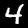
Label: 4